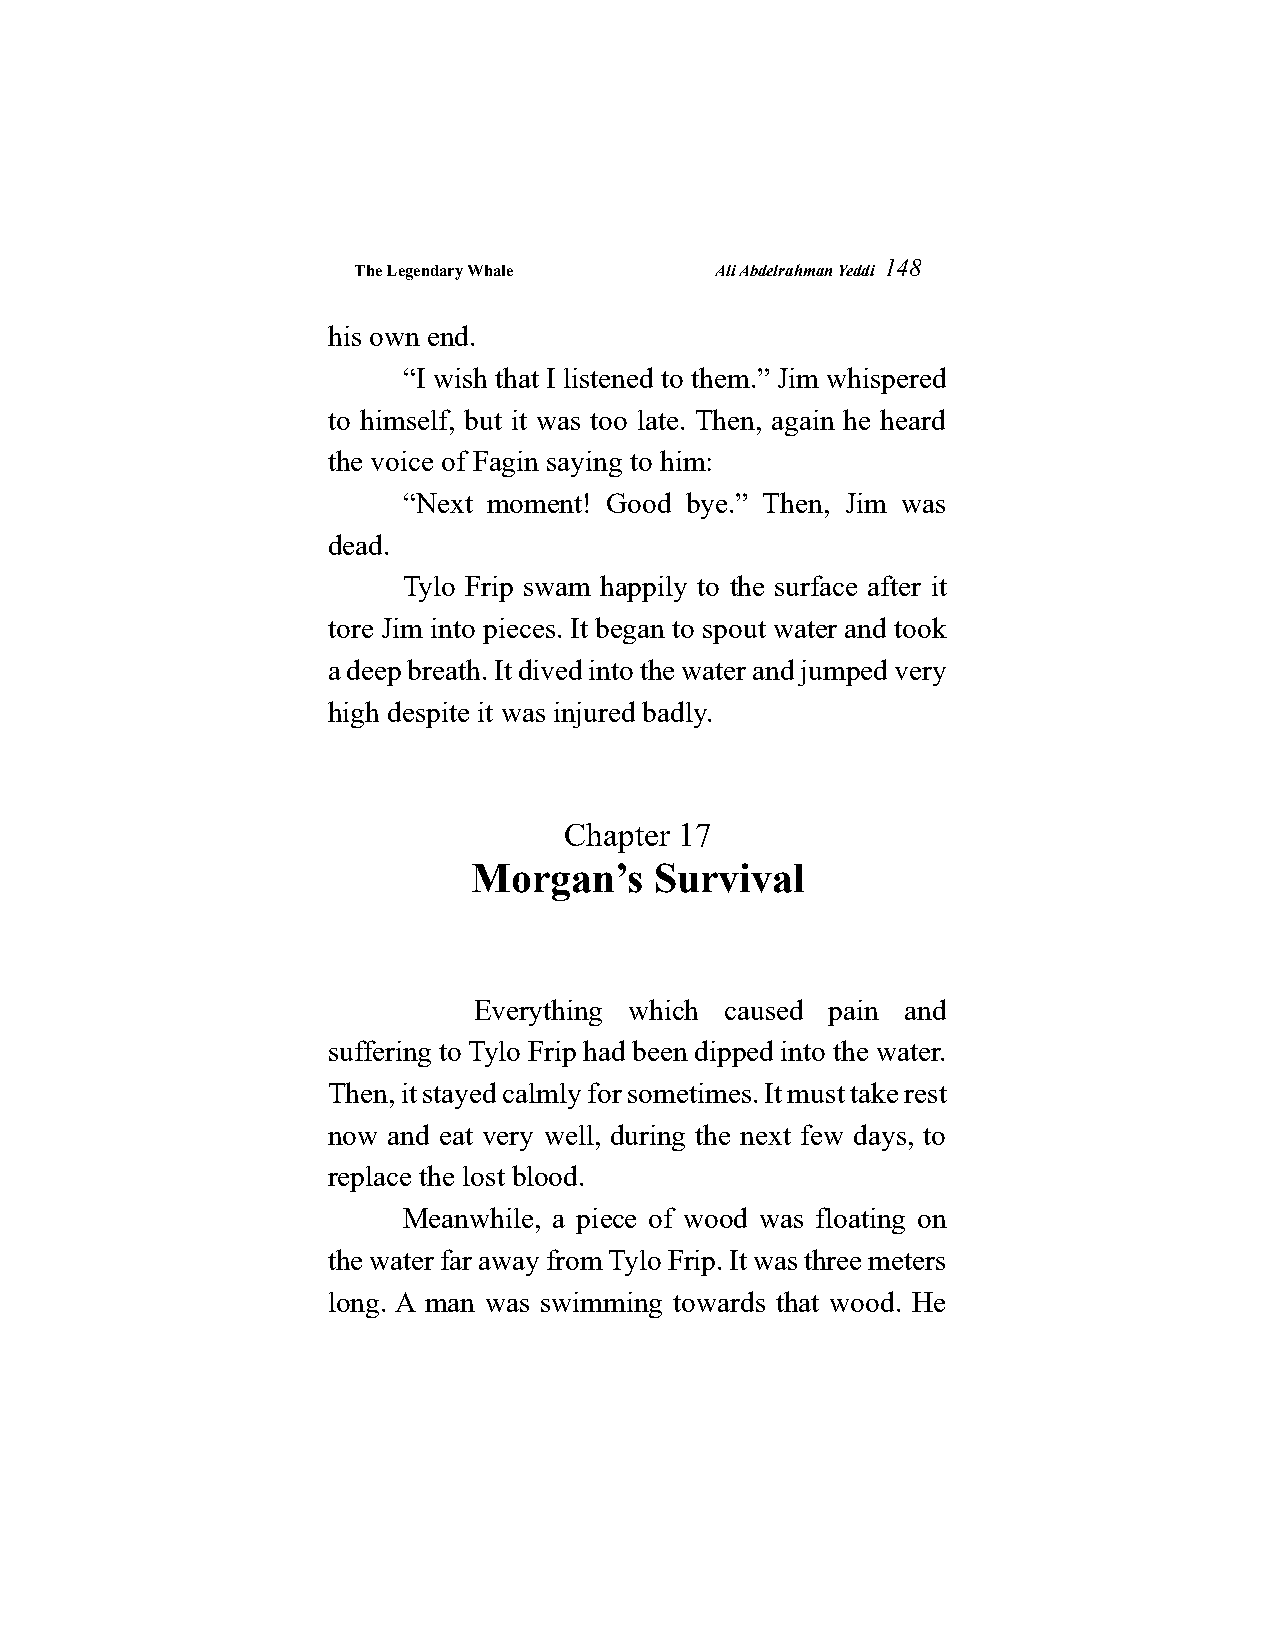
The Legendary Whale     Ali Abdelrahman Yeddi
 148
 his own end.
 “I wish that I listened to them.” Jim whispered
 to himself, but it was too late. Then, again he heard
 the voice of Fagin saying to him:
 “Next moment! Good bye.” Then, Jim was
 dead.
 Tylo Frip swam happily to the surface after it
 tore Jim into pieces. It began to spout water and took
 a deep breath. It dived into the water and jumped very
 high despite it was injured badly.
 Chapter 17
 Morgan’s    Survival
 Everything which caused pain and
 suffering to Tylo Frip had been dipped into the water.
 Then, it stayed calmly for sometimes. It must take rest
 now and eat very well, during the next few days, to
 replace the lost blood.
 Meanwhile, a piece of wood was floating on
 the water far away from Tylo Frip. It was three meters
 long. A man was swimming towards that wood. He